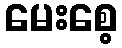
မေးစေ့